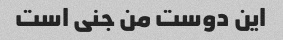
این دوست من جنی است